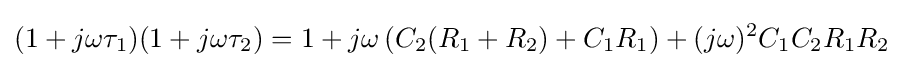
\left(1+j\omega {\tau }_{1})(1+j\omega {\tau }_{2}\right)=1+j\omega \left(C_{2}(R_{1}+R_{2})+C_{1}R_{1}\right)+(j\omega )^{2}C_{1}C_{2}R_{1}R_{2}